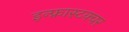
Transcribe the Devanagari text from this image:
इन्फ्रास्टक्चर